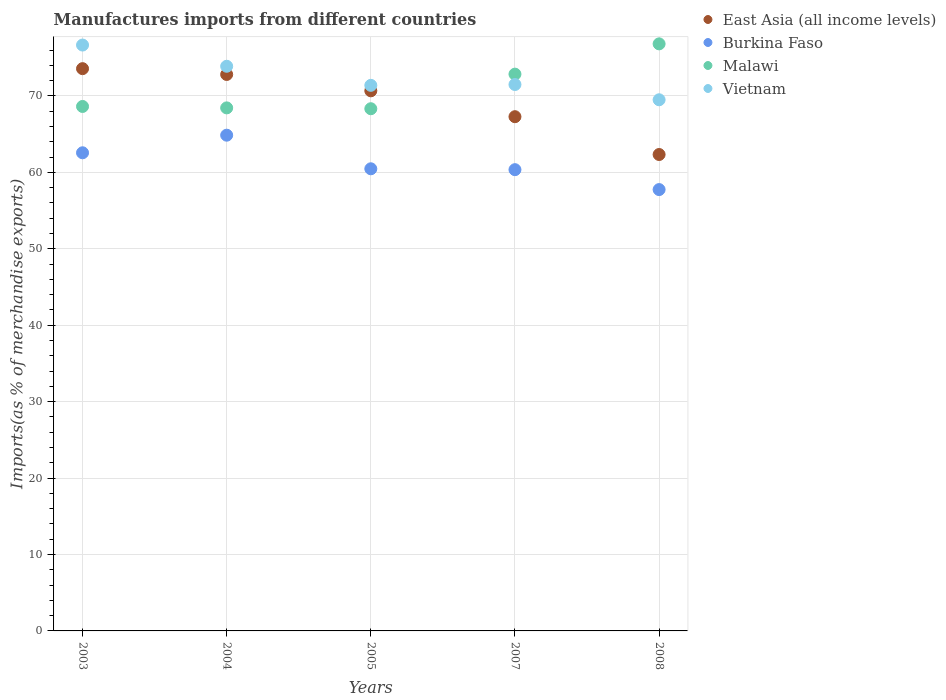
| Years | East Asia (all income levels) | Burkina Faso | Malawi | Vietnam |
 | --- | --- | --- | --- | --- |
 | 2003 | 73.6 | 62.6 | 68.6 | 76.7 |
 | 2004 | 72.8 | 64.9 | 68.4 | 73.9 |
 | 2005 | 70.7 | 60.5 | 68.3 | 71.4 |
 | 2007 | 67.3 | 60.4 | 72.9 | 71.5 |
 | 2008 | 62.3 | 57.8 | 76.8 | 69.5 |